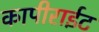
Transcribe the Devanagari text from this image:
कापीराईट